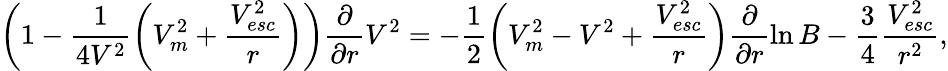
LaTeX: \left(1-\frac{1}{4V^{2}}\left(V_{m}^{2}+\frac{V_{esc}^{2}}{r}\right)\right)\frac{\partial}{\partial r}V^{2}=-\frac{1}{2}\left(V_{m}^{2}-V^{2}+\frac{V_{esc}^{2}}{r}\right)\frac{\partial}{\partial r}\ln B-\frac{3}{4}\frac{V_{esc}^{2}}{r^{2}},